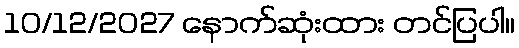
10/12/2027 နောက်ဆုံးထား တင်ပြပါ။